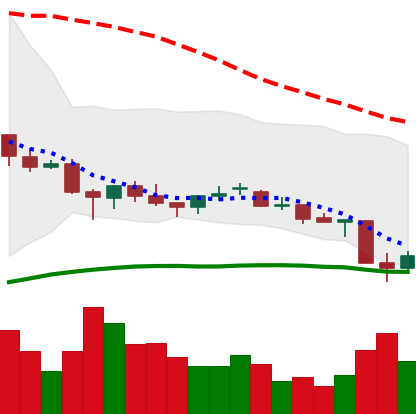
Ticker: EOS-USD
Chart end date: 2021-06-23
Forward return: 4.303%
Label: up_3_5